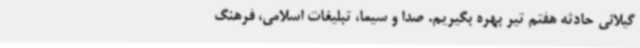
گیلانی حادثه هفتم تیر بهره بگیریم. صدا و سیما، تبلیغات اسلامی، فرهنگ